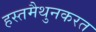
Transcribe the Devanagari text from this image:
हस्तमैथुनकरत